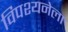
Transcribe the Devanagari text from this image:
विपश्यनेला